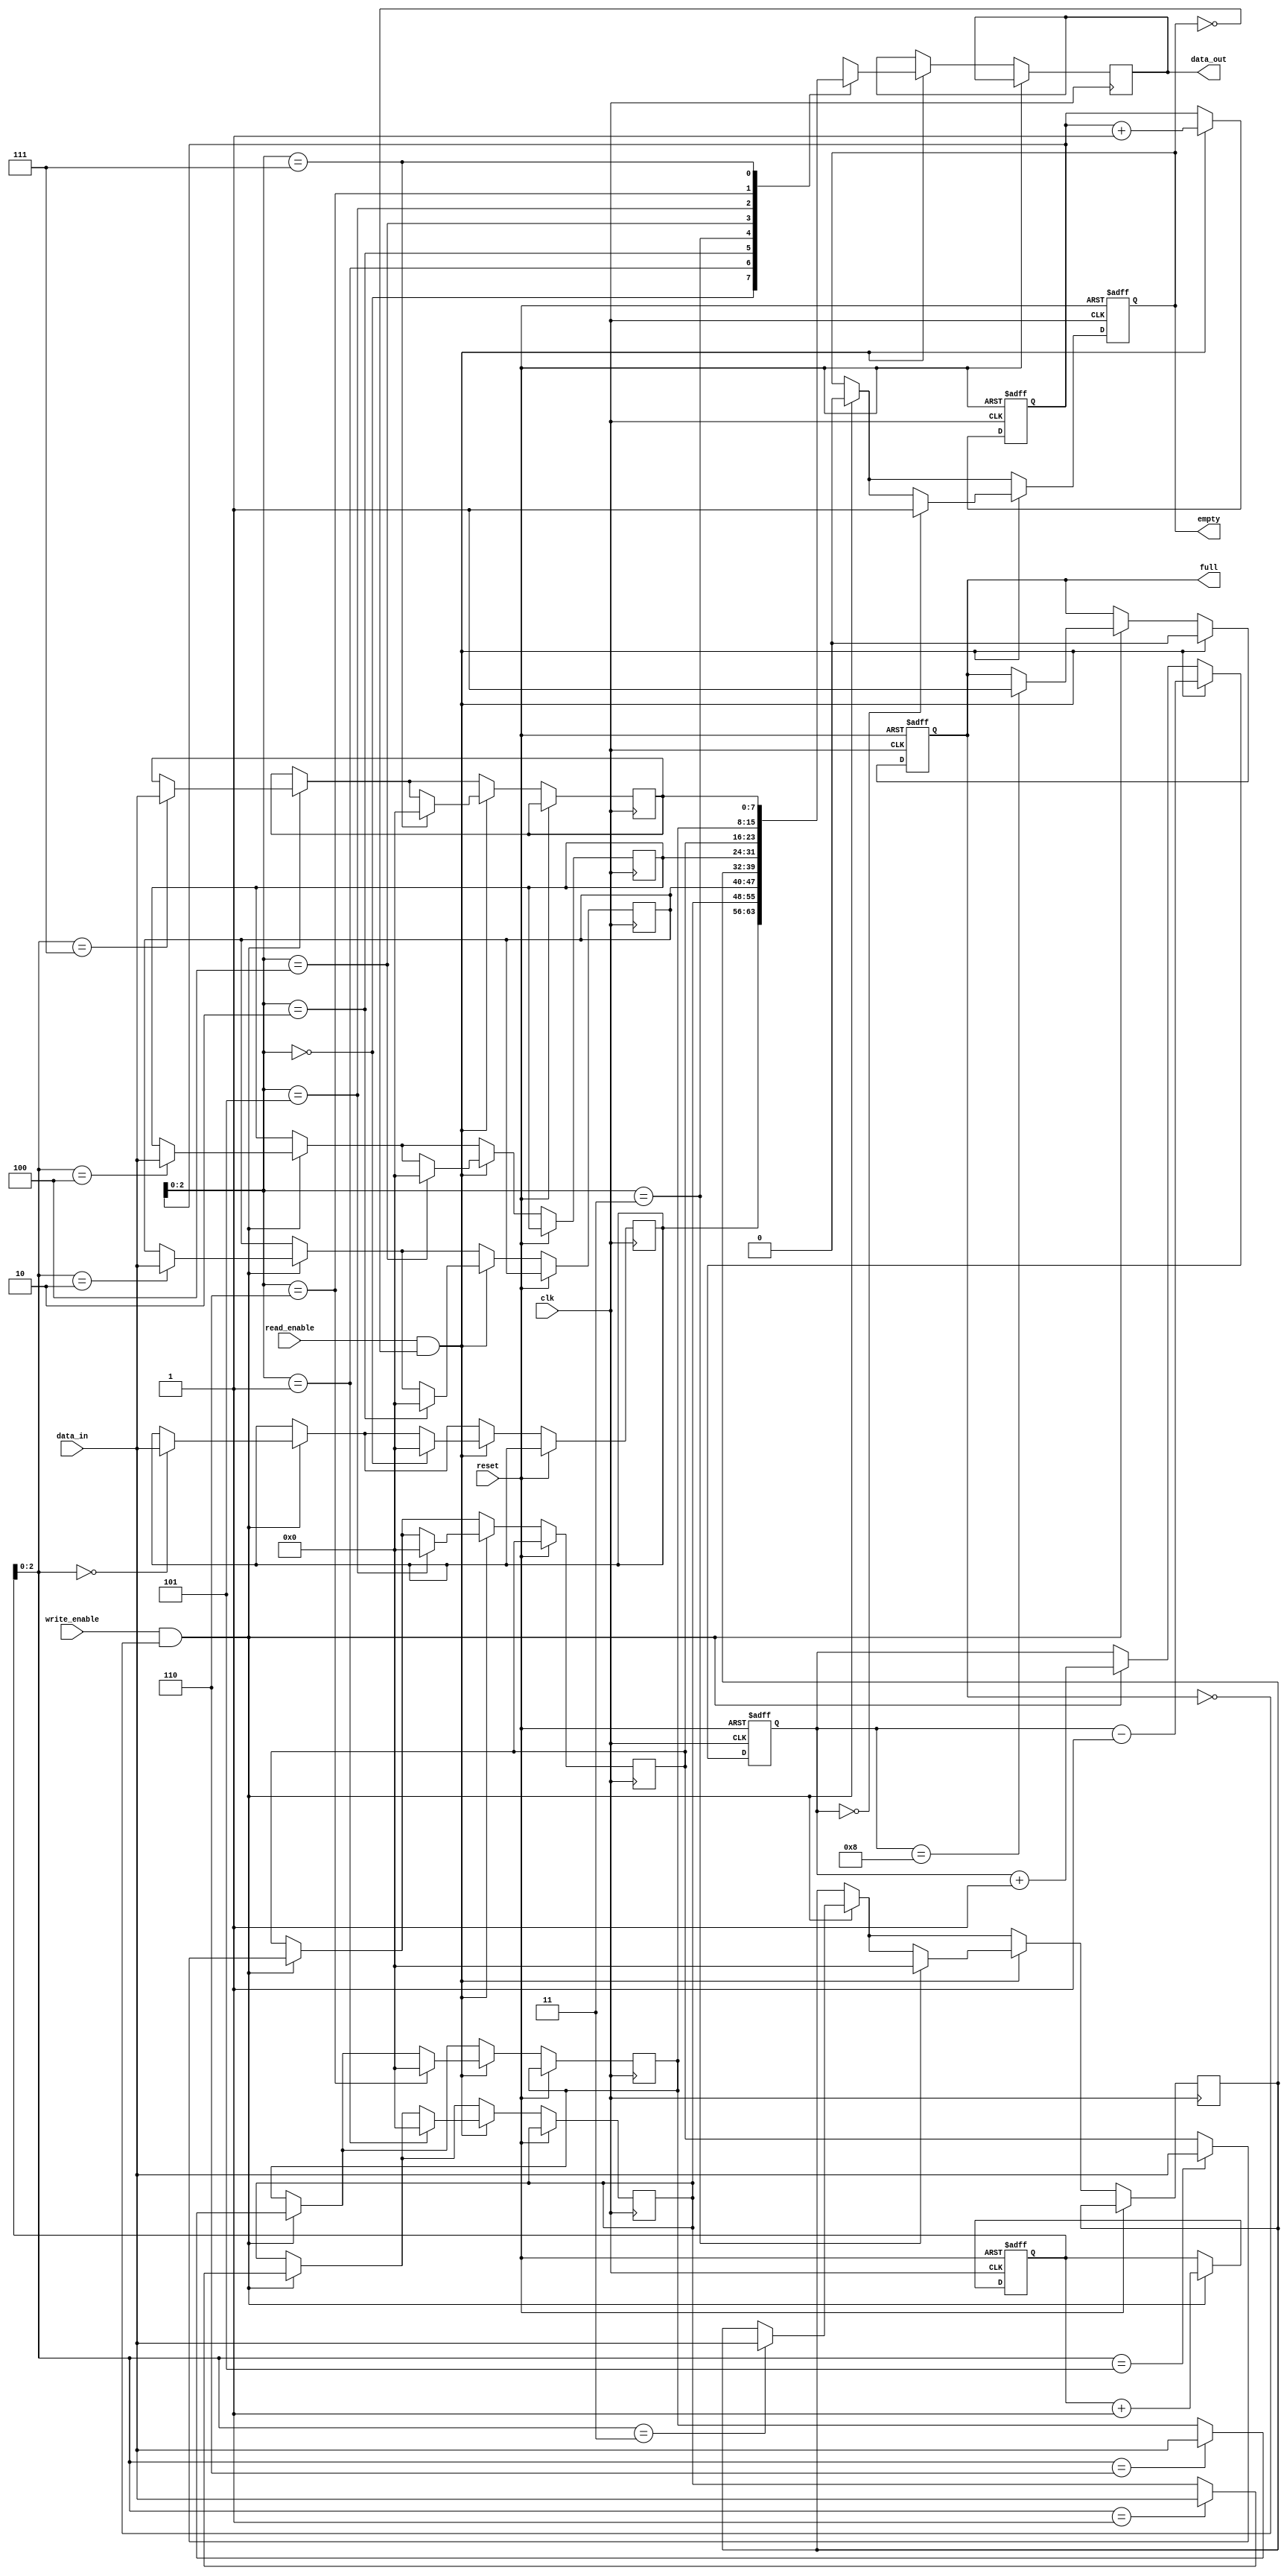
module circular_fifo (
  input wire clk,
  input wire reset,
  input wire write_enable,
  input wire read_enable,
  input wire [DATA_WIDTH-1:0] data_in,
  output reg [DATA_WIDTH-1:0] data_out,
  output reg empty,
  output reg full
);

parameter SIZE = 8;
parameter DATA_WIDTH = 8;

reg [DATA_WIDTH-1:0] buffer [SIZE-1:0];
reg [SIZE-1:0] write_ptr, read_ptr;
reg [SIZE-1:0] element_count;

always @(posedge clk or posedge reset) begin
  if (reset) begin
    write_ptr <= 0;
    read_ptr <= 0;
    element_count <= 0;
    empty <= 1;
    full <= 0;
  end else begin
    if (write_enable && !full) begin
      buffer[write_ptr] <= data_in;
      write_ptr <= write_ptr + 1;
      element_count <= element_count + 1;
      if (element_count == SIZE)
        full <= 1;
      empty <= 0;
    end
    if (read_enable && !empty) begin
      data_out <= buffer[read_ptr];
      buffer[read_ptr] <= 0;
      read_ptr <= read_ptr + 1;
      element_count <= element_count - 1;
      if (element_count == 0)
        empty <= 1;
      full <= 0;
    end
  end
end

endmodule